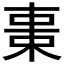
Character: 𣒚